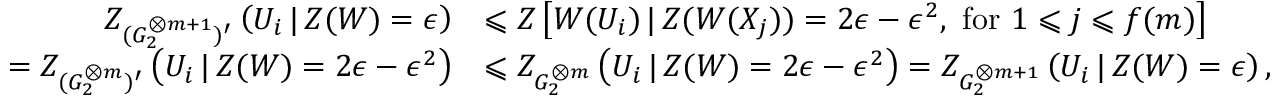
\begin{array} { r l } { Z _ { ( G _ { 2 } ^ { \otimes m + 1 } ) ^ { \prime } } \left( U _ { i } \, | \, Z ( W ) = \epsilon \right) } & { \leqslant Z \left[ W ( U _ { i } ) \, | \, Z ( W ( X _ { j } ) ) = 2 \epsilon - \epsilon ^ { 2 } , \mathrm { ~ f o r ~ } 1 \leqslant j \leqslant f ( m ) \right] } \\ { = Z _ { ( G _ { 2 } ^ { \otimes m } ) ^ { \prime } } \left( U _ { i } \, | \, Z ( W ) = 2 \epsilon - \epsilon ^ { 2 } \right) } & { \leqslant Z _ { G _ { 2 } ^ { \otimes m } } \left( U _ { i } \, | \, Z ( W ) = 2 \epsilon - \epsilon ^ { 2 } \right) = Z _ { G _ { 2 } ^ { \otimes m + 1 } } \left( U _ { i } \, | \, Z ( W ) = \epsilon \right) , } \end{array}